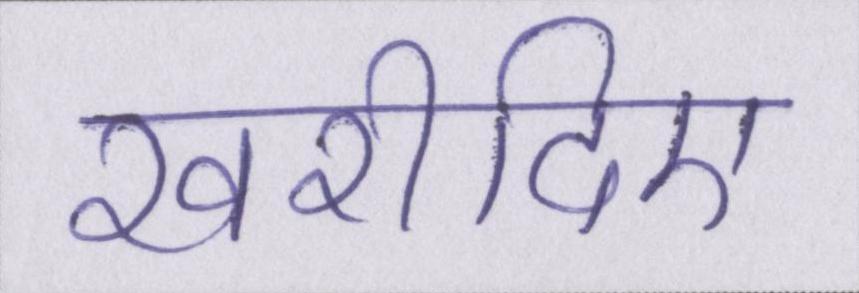
खरीदिए